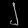
Digit: ၂